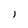
Character: j